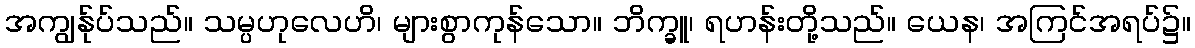
အကျွန်ုပ်သည်။ သမ္ပဟုလေဟိ၊ များစွာကုန်သော။ ဘိက္ခူ၊ ရဟန်းတို့သည်။ ယေန၊ အကြင်အရပ်၌။